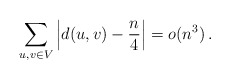
\begin{align*} \sum_{u,v \in V} \left|d(u,v)-\frac{n}{4}\right| = o(n^3) \,. \end{align*}